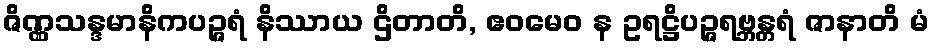
ဇိဏ္ဏသန္ဒမာနိကပဉ္ဇရံ နိဿာယ ဌိတာတိ, ဧဝမေဝ န ဥရဋ္ဌိပဉ္ဇရဗ္ဘန္တရံ ဇာနာတိ မံ